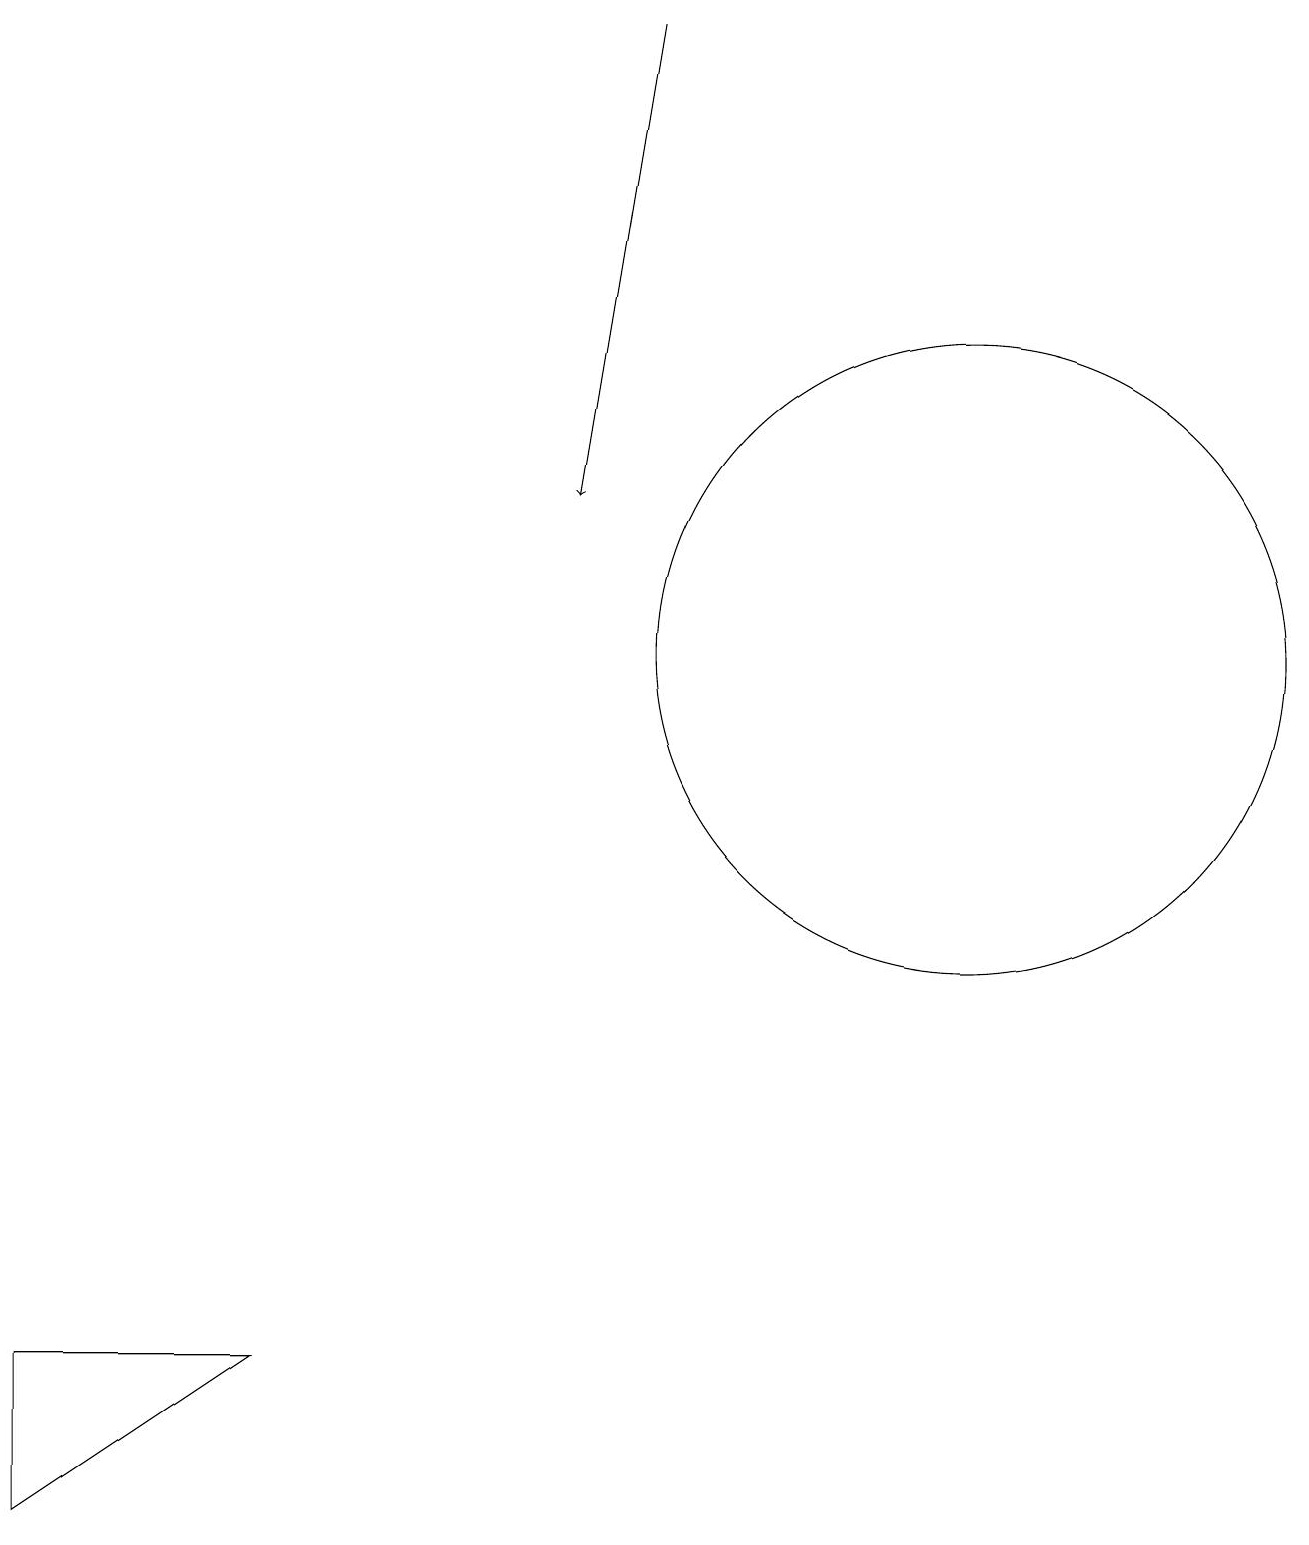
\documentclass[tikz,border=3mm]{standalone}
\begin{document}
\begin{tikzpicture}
\draw (0,2) -- (3,2) -- (0,0) -- cycle;
\draw[->] (8,19) -- (7,13);
\draw (12,11) circle (4);
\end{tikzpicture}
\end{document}